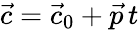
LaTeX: {\vec{c}}={\vec{c}}_{0}+{\vec{p}}\, t